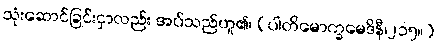
သုံးဆောင်ခြင်းငှာလည်း အပ်သည်ဟူ၏၊ (ပါတိမောက္ခမေဒိနီ၊၂၁၅။)